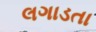
લગાડતા